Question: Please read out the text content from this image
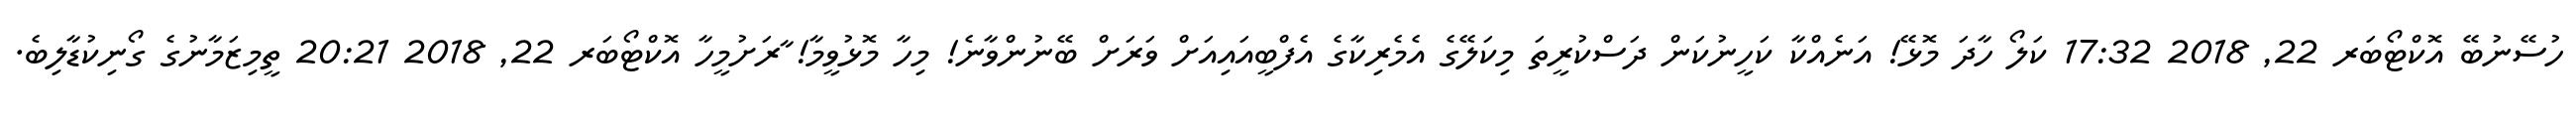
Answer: ހުސޭނުބޭ އޮކްޓޯބަރ 22, 2018 17:32 ކަލޯ ހާދަ މޮޅޭ! އަނެއްކާ ކަހީނުކަން ދަސްކުރީތަ މިކަލޭގެ އެމެރިކާގެ އެފްބީއައިއަށް ވަރަށް ބޭނުންވާނެ! މިހާ މޮޅުވީމާ! ާރަށުމީހާ އޮކްޓޯބަރ 22, 2018 20:21 ތީމިޒަމާނުގެ ގޯނިކުޑާލިބެ.